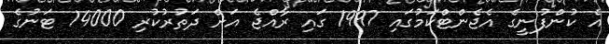
އެ ކުންފުނީގެ އެޖެންޓްކަމުގައި 1997 ގައި ރާއްޖެ އަށް ދަތުރުކުރި 14000 ޓަނުގެ